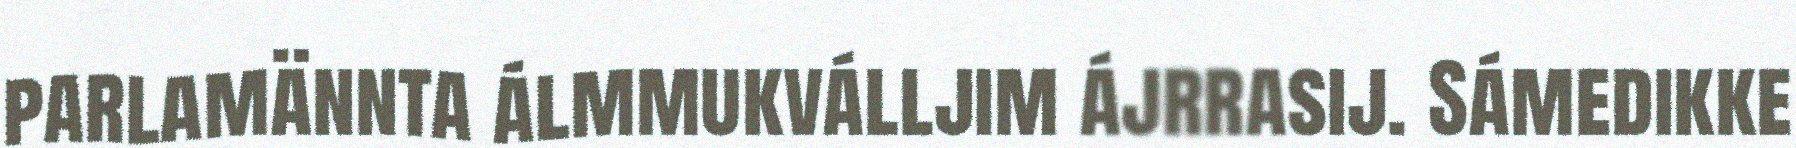
parlamännta álmmukválljim ájrrasij. Sámedikke